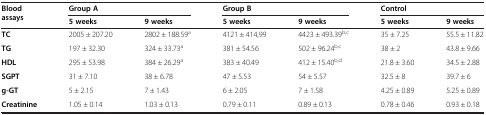
| <ROWSPAN=2> Blood assays | <COLSPAN=2> Group A | <COLSPAN=2> Group B | <COLSPAN=2> Control |
 | 5 weeks | 9 weeks | 5 weeks | 9 weeks | 5 weeks | 9 weeks |
 | --- | --- | --- | --- | --- | --- | --- |
 | TC | 2005 ± 207.20 | 2802 ± 188.59a | 4121 ± 414,99 | 4423 ± 493.39b,c | 35 ± 7.25 | 55.5 ± 11.82 |
 | TG | 197 ± 32.30 | 324 ± 33.73a | 381 ± 54.56 | 502 ± 96.24b,c | 38 ± 2 | 43.8 ± 9.66 |
 | HDL | 295 ± 53.98 | 384 ± 26.29a | 383 ± 40.49 | 412 ± 15.40b,d | 21.8 ± 3.60 | 34.5 ± 2.88 |
 | SGPT | 31 ± 7.10 | 38 ± 6.78 | 47 ± 5.53 | 54 ± 5.57 | 32.5 ± 8 | 39.7 ± 6 |
 | g-GT | 5 ± 2.15 | 7 ± 1.43 | 6 ± 2.05 | 7 ± 1.58 | 4.25 ± 0.89 | 5.25 ± 0.89 |
 | Creatinine | 1.05 ± 0.14 | 1.03 ± 0.13 | 0.79 ± 0.11 | 0.89 ± 0.13 | 0.78 ± 0.46 | 0.93 ± 0.18 |